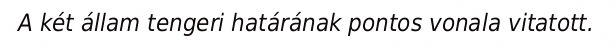
A két állam tengeri határának pontos vonala vitatott.